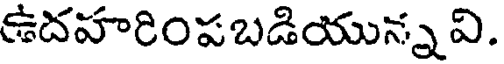
ఉదహరింపబడియున్న వి.